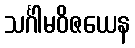
သင်္ဂါမဝိဇယေန